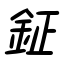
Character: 鉦